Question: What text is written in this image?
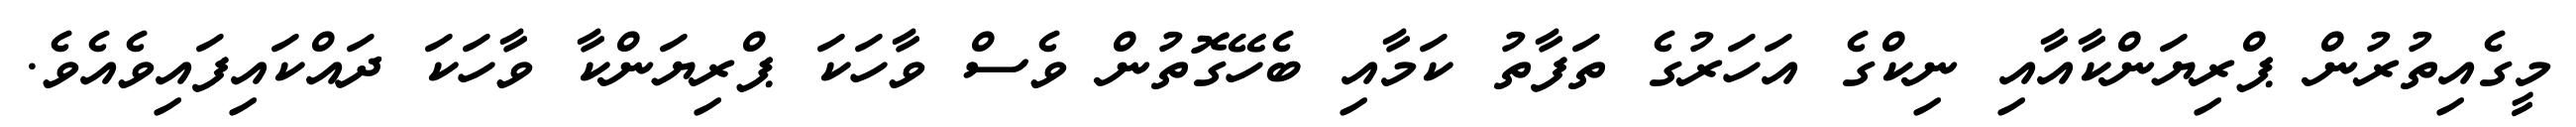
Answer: މީގެއިތުރުން ޕްރިޔަންކާއާއި ނިކްގެ އަހަރުގެ ތަފާތު ކަމާއި ބެހޭގޮތުން ވެސް ވާހަކަ ޕްރިޔަންކާ ވާހަކަ ދައްކައިފައިވެއެވެ.